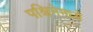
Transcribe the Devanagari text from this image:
पश्चिमेमध्ये